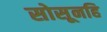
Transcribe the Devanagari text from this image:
सोसूनहि